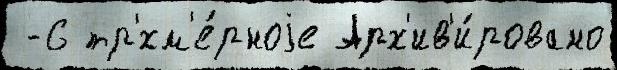
 -6 тр'хм'е́рноjе Арх'ив'и́ровано